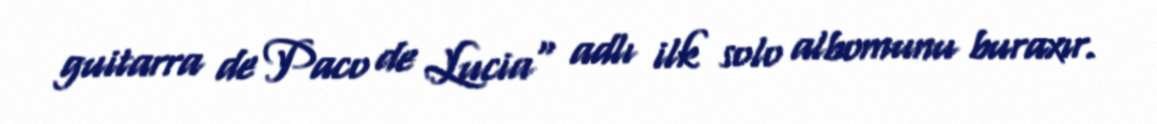
guitarra de Paco de Lucia" adlı ilk solo albomunu buraxır.